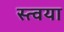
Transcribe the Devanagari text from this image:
स्त्वया